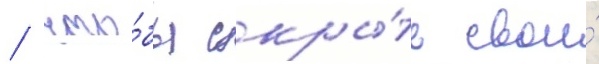
/ что́бы скры́ть свои́